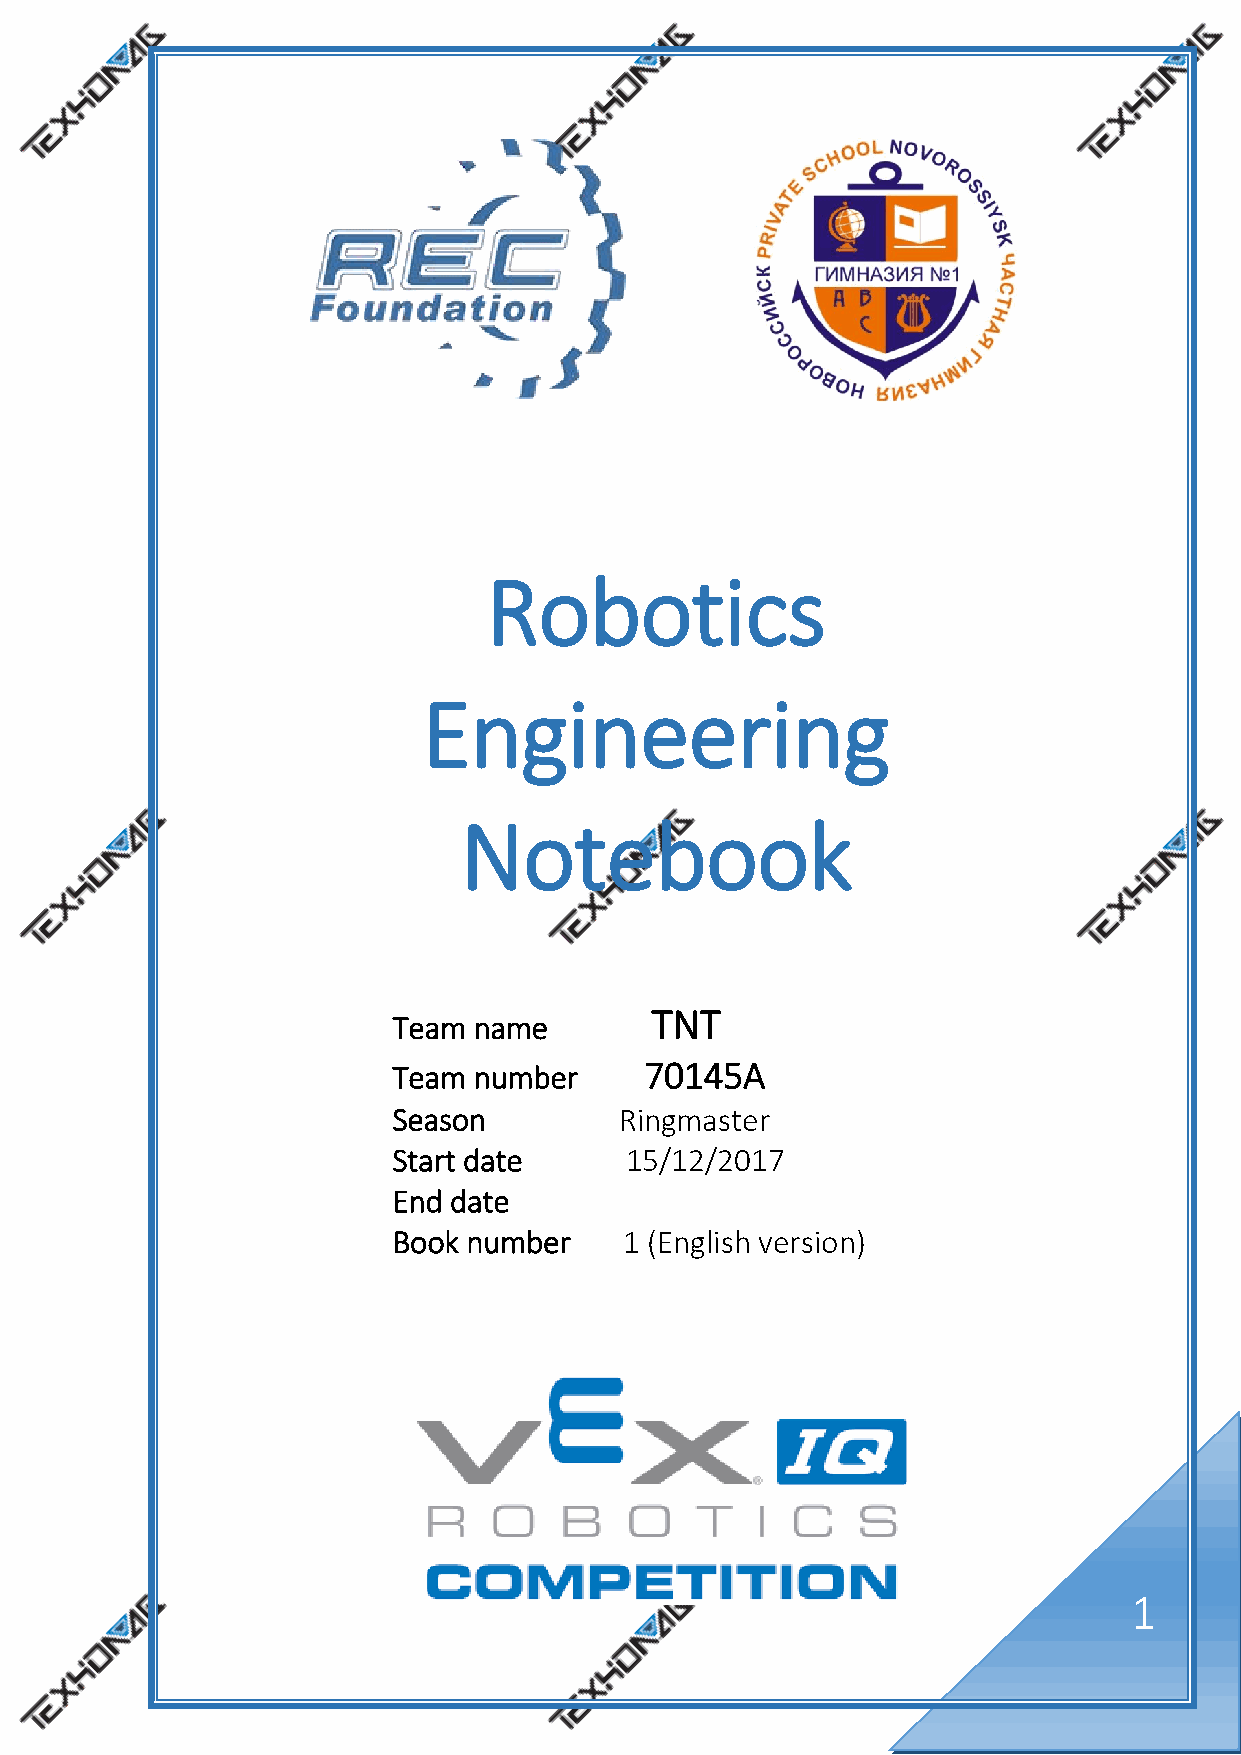
Robotics
 Engineering
 Notebook
 TNT
 Team name
 Team number      70145A
 Season         Ringmaster
 Start date     15/12/2017
 End date
 Book number    1 (English version)
 1